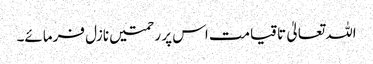
اللہ تعالیٰ تاقیامت اس پر رحمتیں نازل فرمائے۔